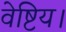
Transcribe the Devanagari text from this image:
वेष्टिय।